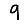
Digit: 9